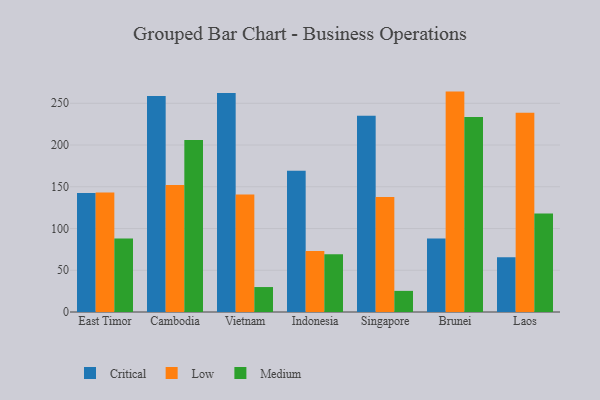
{"axis": {"x": "Country", "y": "Operating Costs (USD K)"}, "legend": ["Critical", "Low", "Medium"], "data": [{"x": "East Timor", "y": 142.4, "type": "Critical"}, {"x": "East Timor", "y": 143.0, "type": "Low"}, {"x": "East Timor", "y": 88.0, "type": "Medium"}, {"x": "Cambodia", "y": 258.6, "type": "Critical"}, {"x": "Cambodia", "y": 152.0, "type": "Low"}, {"x": "Cambodia", "y": 206.0, "type": "Medium"}, {"x": "Vietnam", "y": 262.4, "type": "Critical"}, {"x": "Vietnam", "y": 140.7, "type": "Low"}, {"x": "Vietnam", "y": 29.9, "type": "Medium"}, {"x": "Indonesia", "y": 169.2, "type": "Critical"}, {"x": "Indonesia", "y": 73.2, "type": "Low"}, {"x": "Indonesia", "y": 69.1, "type": "Medium"}, {"x": "Singapore", "y": 235.2, "type": "Critical"}, {"x": "Singapore", "y": 137.6, "type": "Low"}, {"x": "Singapore", "y": 25.3, "type": "Medium"}, {"x": "Brunei", "y": 87.9, "type": "Critical"}, {"x": "Brunei", "y": 264.0, "type": "Low"}, {"x": "Brunei", "y": 233.5, "type": "Medium"}, {"x": "Laos", "y": 65.5, "type": "Critical"}, {"x": "Laos", "y": 238.7, "type": "Low"}, {"x": "Laos", "y": 118.1, "type": "Medium"}]}